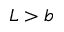
L > b